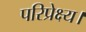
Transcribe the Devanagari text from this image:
परिप्रेक्ष्य।